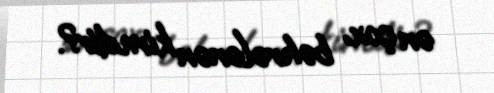
ən çox bəhrələnən kimdir?.